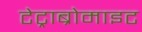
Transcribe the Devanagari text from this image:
टेट्राब्रोमाइट